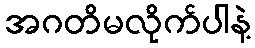
အဂတိမလိုက်ပါနဲ့